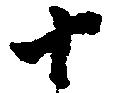
十